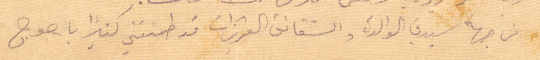
من جهة سيديت الوالدة والشقائق العزيزات قد طمنتني كثيرًا يا جورج